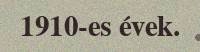
1910-es évek.